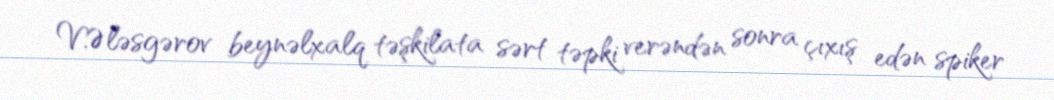
V.Ələsgərov beynəlxalq təşkilata sərt təpki verəndən sonra çıxış edən spiker